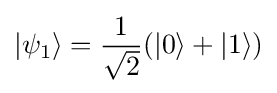
|\psi _{1}\rangle ={\frac {1}{\sqrt {2}}}(|0\rangle +|1\rangle )